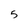
Character: 5